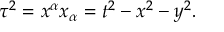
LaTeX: \tau ^ { 2 } = x ^ { \alpha } x _ { \alpha } = t ^ { 2 } - x ^ { 2 } - y ^ { 2 } .